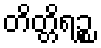
တိတ္တိရဉ္စ